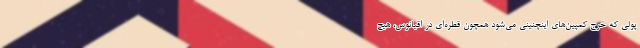
پولی که خرج کمپین‌های اینچنینی می‌شود همچون قطره‌ای در اقیانوس، هیچ